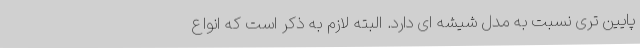
پایین تری نسبت به مدل شیشه ای دارد. البته لازم به ذکر است که انواع